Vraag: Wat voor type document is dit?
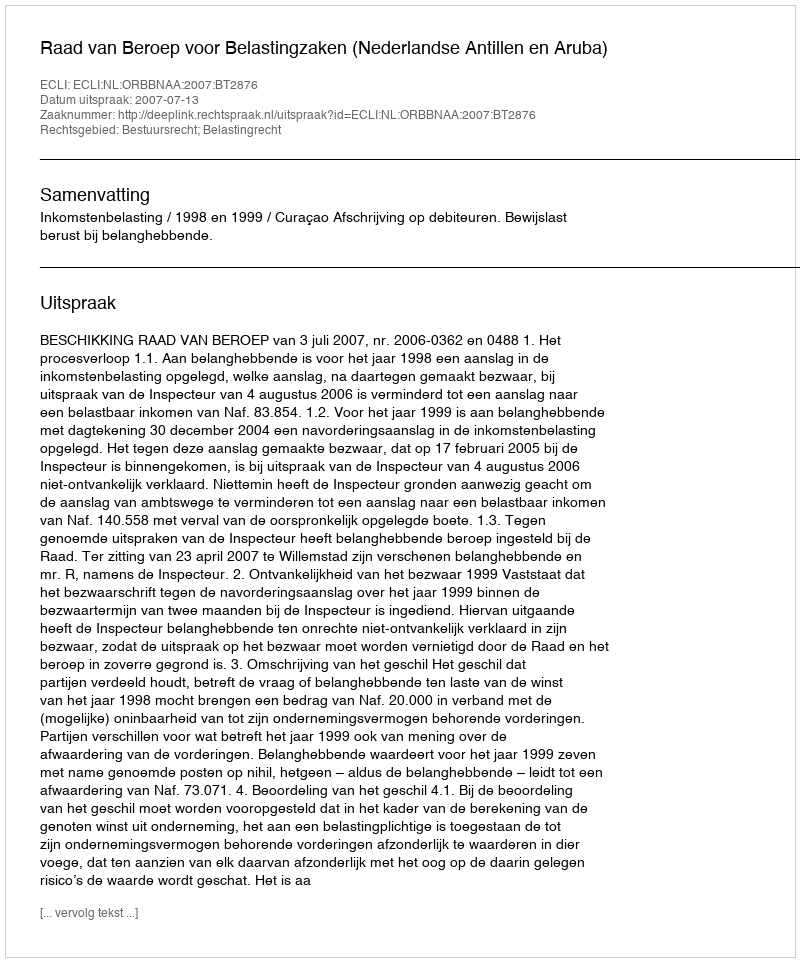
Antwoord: Uitspraak